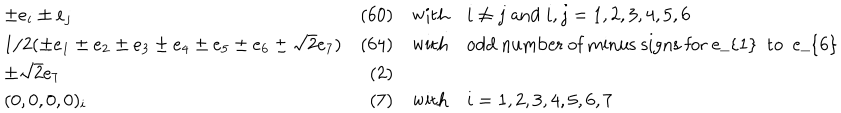
\begin{array} { l r c l } { { \pm e _ { i } \pm e _ { j } } } & { { ( 6 0 ) } } & { { \mathrm { w i t h } } } & { { i \neq j \; \mathrm { a n d } \; i , j = 1 , 2 , 3 , 4 , 5 , 6 } } \\ { { 1 / 2 ( \pm e _ { 1 } \pm e _ { 2 } \pm e _ { 3 } \pm e _ { 4 } \pm e _ { 5 } \pm e _ { 6 } \pm \sqrt { 2 } e _ { 7 } ) } } & { { ( 6 4 ) } } & { { \mathrm { w i t h } } } & { { \mathrm { o d d ~ n u m b e r ~ o f ~ m i n u s ~ s i g n s ~ f o r ~ e _ { 1 } ~ t o ~ e _ { 6 } ~ } } } \\ { { \pm \sqrt { 2 } e _ { 7 } } } & { { ( 2 ) } } & { { } } & { { } } \\ { { ( 0 , 0 , 0 , 0 ) _ { i } } } & { { ( 7 ) } } & { { \mathrm { w i t h } } } & { { i = 1 , 2 , 3 , 4 , 5 , 6 , 7 } } \\ \end{array}